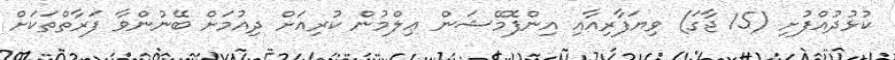
ކުޅުދުއްފުށި (15 ޖާގަ) ވިޔަފާރިއާއި އިންފޮމޭޝަން ޢިލްމުން ކުރިއަށް ދިއުމަށް ބޭނުންވާ ފަރާތްތަކަށް